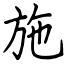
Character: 施